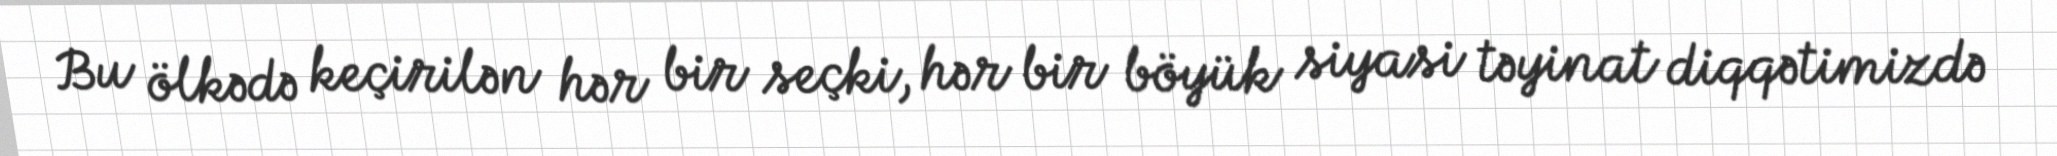
Bu ölkədə keçirilən hər bir seçki, hər bir böyük siyasi təyinat diqqətimizdə